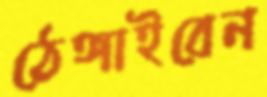
ঠেঙ্গাইবেন